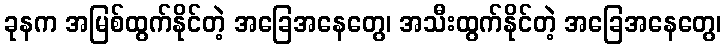
ခုနက အမြစ်ထွက်နိုင်တဲ့ အခြေအနေတွေ၊ အသီးထွက်နိုင်တဲ့ အခြေအနေတွေ၊